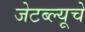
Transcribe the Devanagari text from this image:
जेटब्ल्यूचे